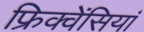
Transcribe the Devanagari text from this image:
फ्रिक्वेंसियां